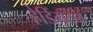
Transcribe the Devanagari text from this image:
हेडिंगटन